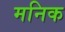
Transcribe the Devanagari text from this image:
मनिक